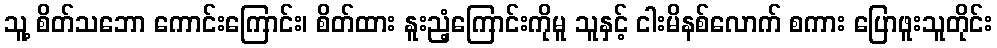
သူ့ စိတ်သဘော ကောင်းကြောင်း၊ စိတ်ထား နူးညံ့ကြောင်းကိုမူ သူနှင့် ငါးမိနစ်လောက် စကား ပြောဖူးသူတိုင်း